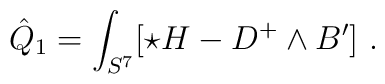
\hat Q_1 = \int_{S^7}[\star H - D^+ \wedge B']\ .